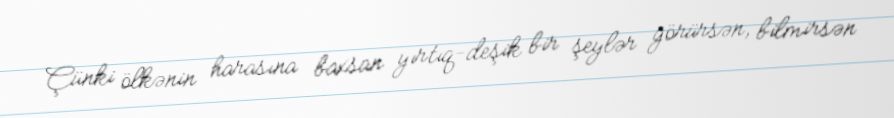
Çünki ölkənin harasına baxsan yırtıq-deşik bir şeylər görürsən, bilmirsən